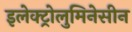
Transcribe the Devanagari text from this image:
इलेक्ट्रोलुमिनेसीन